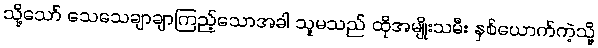
သို့သော် သေသေချာချာကြည့်သောအခါ သူမသည် ထိုအမျိုးသမီး နှစ်ယောက်ကဲ့သို့